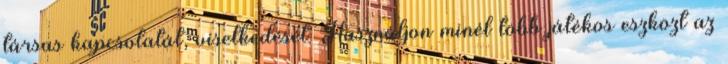
társas kapcsolatát, viselkedését. Használjon minél több játékos eszközt az